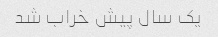
یک سال پیش خراب شد